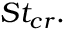
S t _ { c r } .